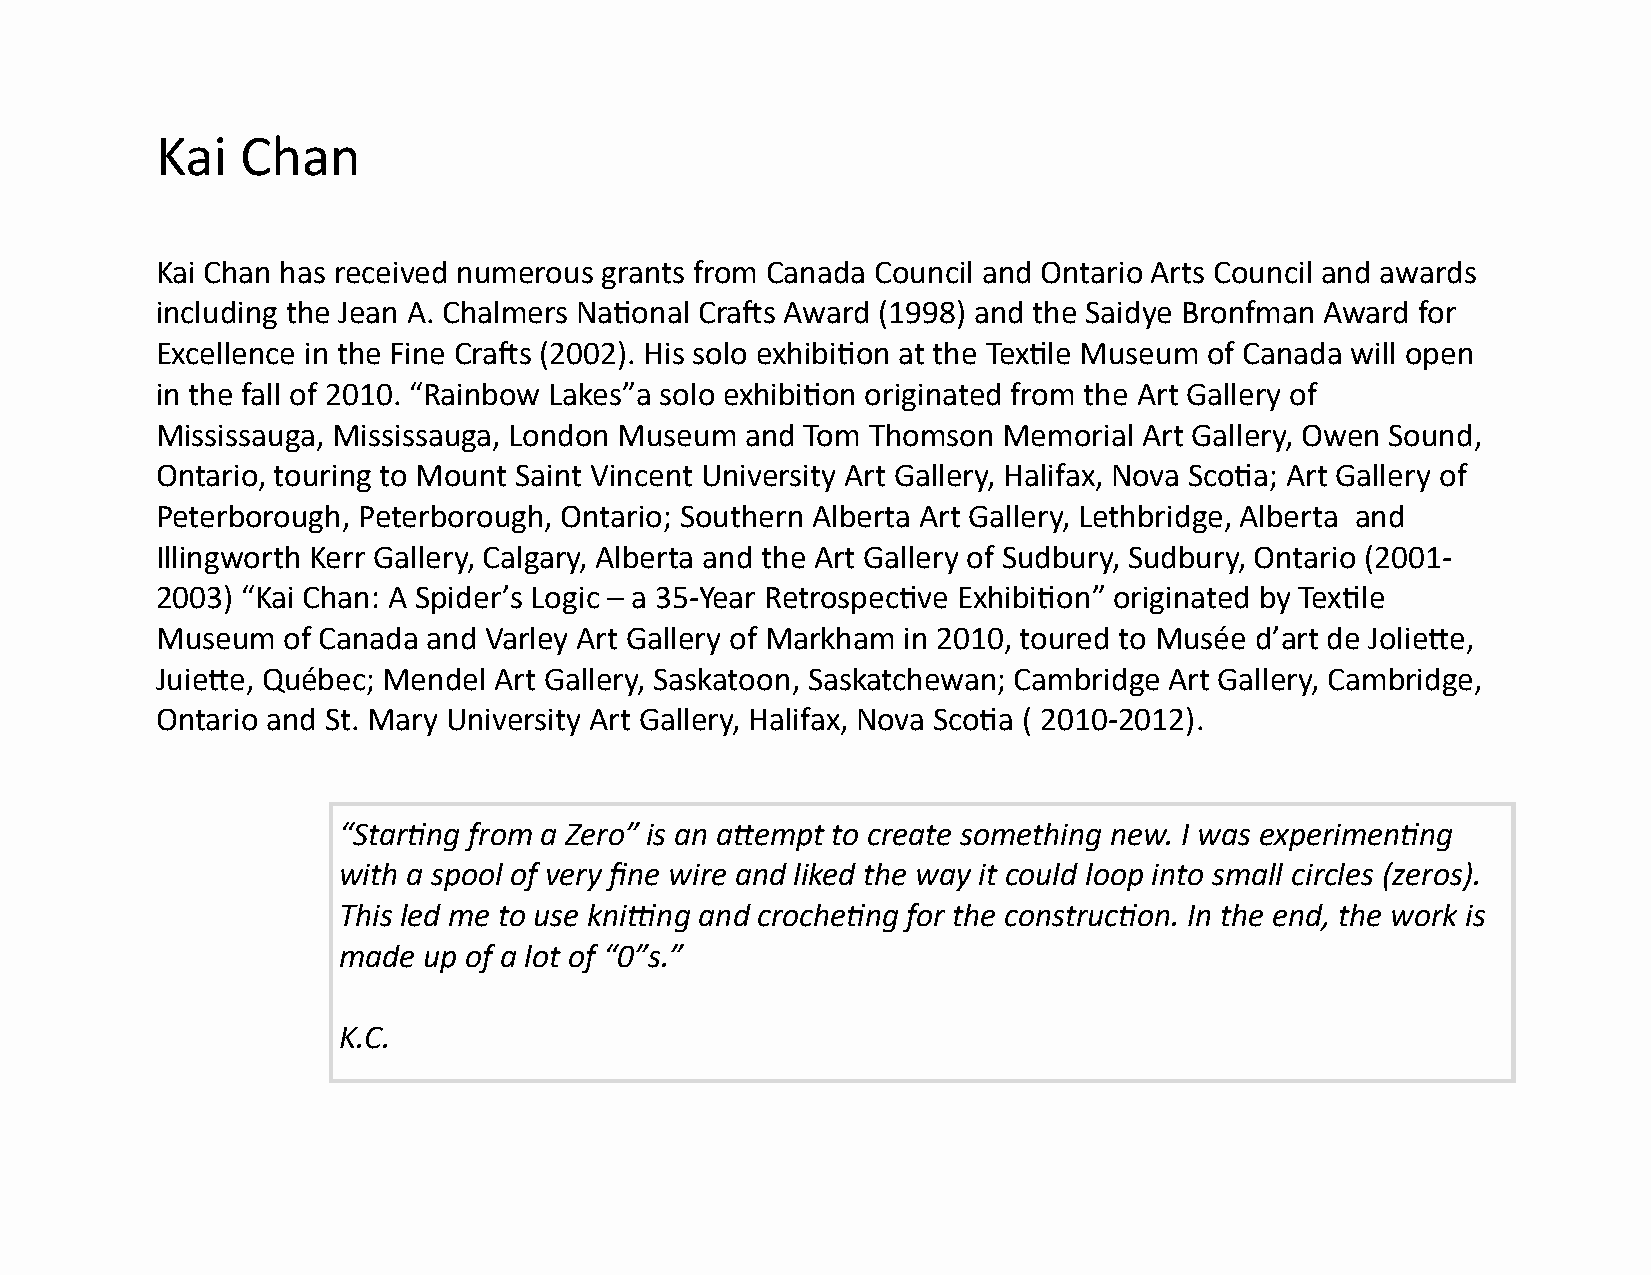
Kai   Chan
 Kai Chan has received numerous grants from Canada Council and Ontario Arts Council and awards
 including the Jean A. Chalmers National Crafts Award (1998) and the Saidye Bronfman Award for
 Excellence in the Fine Crafts (2002). His solo exhibition at the Textile Museum of Canada will open
 in the fall of 2010. “Rainbow Lakes”a solo exhibition originated from the Art Gallery of
 Mississauga, Mississauga, London Museum and Tom Thomson Memorial  Art Gallery, Owen Sound,
 Ontario, touring to Mount Saint Vincent University Art Gallery, Halifax, Nova Scotia; Art Gallery of
 Peterborough, Peterborough, Ontario; Southern Alberta Art Gallery, Lethbridge, Alberta and
 Illingworth Kerr Gallery, Calgary, Alberta and the Art Gallery of Sudbury, Sudbury, Ontario (2001-
 2003) “Kai Chan: A Spider’s Logic – a 35-Year Retrospective Exhibition” originated by Textile
 Museum   of Canada and Varley Art Gallery of Markham in 2010, toured to Musée d’art de Joliette,
 Juiette, Québec; Mendel Art Gallery, Saskatoon, Saskatchewan; Cambridge Art Gallery, Cambridge,
 Ontario and St. Mary University Art Gallery, Halifax, Nova Scotia ( 2010-2012).
 “Starting from a Zero” is an attempt to create something new. I was experimenting
 with a spool of very fine wire and liked the way it could loop into small circles (zeros).
 This led me to use knitting and crocheting for the construction. In the end, the work is
 made  up of a lot of “0”s.”
 K.C.